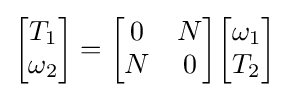
{\begin{bmatrix}T_{1}\\\omega _{2}\end{bmatrix}}={\begin{bmatrix}0&N\\N&0\end{bmatrix}}{\begin{bmatrix}\omega _{1}\\T_{2}\end{bmatrix}}